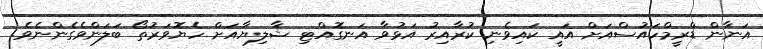
އަނާން ޑްރީމްހައުސްއަށް އައީ ކައިވެނި ކުރާއިރު އަޅުވާ އަނގޮއްޓި ޝާލިޔާއަށް ހެޔޮވަރުތޯ ބަލަންވެގެންނެވެ.